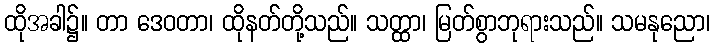
ထိုအခါ၌။ တာ ဒေဝတာ၊ ထိုနတ်တို့သည်။ သတ္ထာ၊ မြတ်စွာဘုရားသည်။ သမနုညော၊